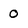
Character: 0